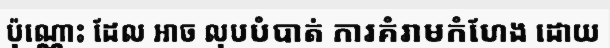
ប៉ុណ្ណោះ ដែល អាច លុបបំបាត់ ការគំរាមកំហែង ដោយ